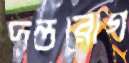
দন্তরোগ